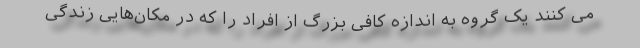
می کنند یک گروه به اندازه کافی بزرگ از افراد را که در مکان‌هایی زندگی